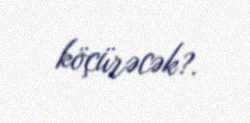
köçürəcək?.